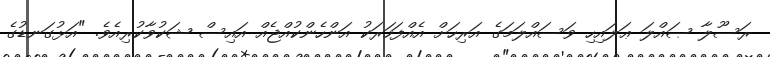
ރަސޫލާ ޞައްލަ ޢަލައިހި ވަސައްލަމަގެ އަރިހަށް އެއްފަހަރަކު އަންހެންކުއްޖެއް އައިސް ޝަކުވާކުރިއެވެ. "އަޅުގަނޑުގެ